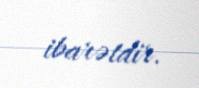
ibarətdir.